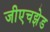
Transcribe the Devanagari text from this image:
जीएचझेड